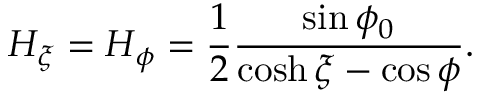
H _ { \xi } = H _ { \phi } = \frac { 1 } { 2 } \frac { \sin \phi _ { 0 } } { \cosh \xi - \cos \phi } .